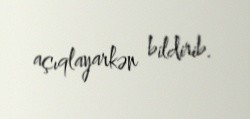
açıqlayarkən bildirib.